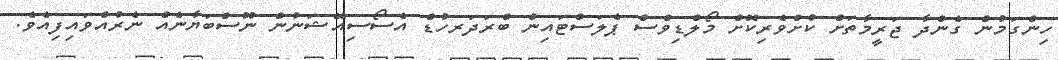
ހިންގަމުން ގެންދާ ޖަރީމާތަށް ކުށްވެރިކޮށް މޯލްޑިވްސް ޕެލަސްޓައިން ބްރަދަރހުޑް އެސޯސިއޭޝަނުން ނޫސްބަޔާނެއް ނެރުއްވައިފިއެވެ.